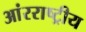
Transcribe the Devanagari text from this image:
आंरराष्ट्रीय